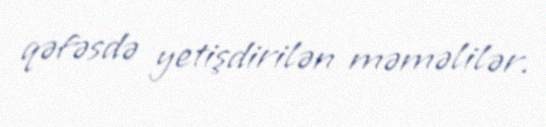
qəfəsdə yetişdirilən məməlilər.